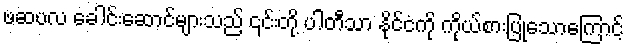
ဖဆပလ ခေါင်းဆောင်များသည် ၎င်းတို့ ပါတီသာ နိုင်ငံကို ကိုယ်စားပြုသောကြောင့်